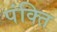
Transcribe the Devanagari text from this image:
पंक्‍ति